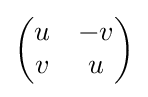
{\begin{pmatrix}u&-v\\v&u\end{pmatrix}}